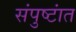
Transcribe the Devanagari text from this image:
संपुष्टांत